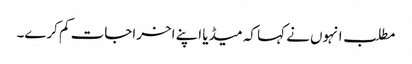
مطلب انہوں نے کہا کہ میڈیا اپنے اخراجات کم کرے۔